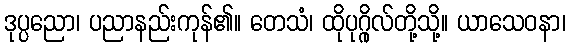
ဒုပ္ပညော၊ ပညာနည်းကုန်၏။ တေသံ၊ ထိုပုဂ္ဂိုလ်တို့သို့။ ယာသေဝနာ၊